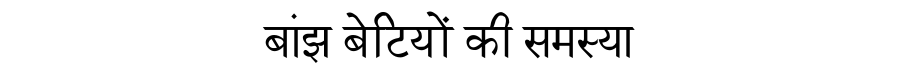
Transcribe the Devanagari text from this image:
बांझ बेटियों की समस्या